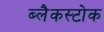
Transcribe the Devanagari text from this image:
ब्लैकस्टोक